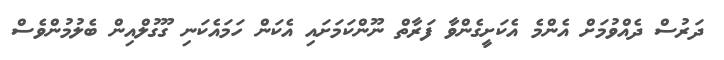
ދަރުސް ދެއްވުމަށް އެންމެ އެކަށީގެންވާ ފަރާތް ނޫންކަމަށައި އެކަން ހަމައެކަނި ގޫގުލްއިން ބެލުމުންވެސް